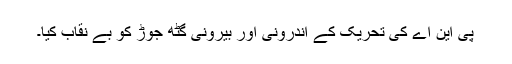
پی این اے کی تحریک کے اندرونی اور بیرونی گٹھ جوڑ کو بے نقاب کیا۔